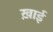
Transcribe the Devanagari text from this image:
ख़ाई